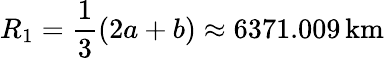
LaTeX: R_{1}={\frac{1}{3}}(2a+b)\approx 6371.009\, \mathrm{km}